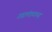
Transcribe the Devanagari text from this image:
गढामंडळाच्या